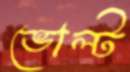
ভোল্ট